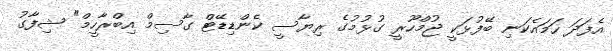
އެފަދަ ހަމައެކަނި ބޭފުޅަކީ ޖުމްހޫރީ ގުޅުމުގެ ރިޔާސީ ކެންޑިޑޭޓް ގާސިމް އިބްރާހީމް" ޝިފާގު